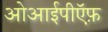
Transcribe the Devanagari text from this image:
ओआईपीऍफ़